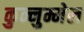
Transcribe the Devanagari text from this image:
कुन्नुम्मेल